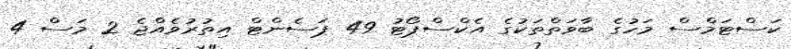
ކަސްޓަމްސް މަހުގެ ބާވަތްތަކުގެ އެކްސްޕޯޓު 49 ޕަސެންޓް އިތުރުވެއްޖެ 2 މަސް 4